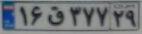
۱۶ق۳۷۷۲۹